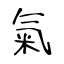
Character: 氣